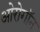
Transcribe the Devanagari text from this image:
ओरोगॉन